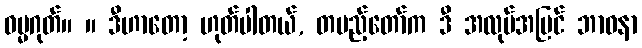
ဓမ္မဂုတ်။ ။ ဒီဟာတော့ ဟုတ်ပါတယ်, တပည့်တော်က ဒီ အလုပ်အပြင် ဘာဝနာ